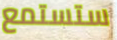
ستستمع